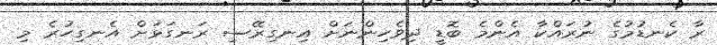
ރާ ކެނޑުމުގެ ނުރައްކާ އެންމެ ބޮޑީ ދިވެހިންނަށް އިނގިރޭސި ރަނގަޅަށް އެނގިހުރެ މި